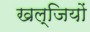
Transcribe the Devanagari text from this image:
खल्जियों